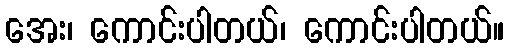
အေး၊ ကောင်းပါတယ်၊ ကောင်းပါတယ်။